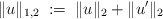
\begin{align*}\|u\|_{1,2} \; := \; \|u\|_2 + \|u'\|_2\end{align*}